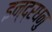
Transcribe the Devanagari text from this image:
इन्द्रधनु